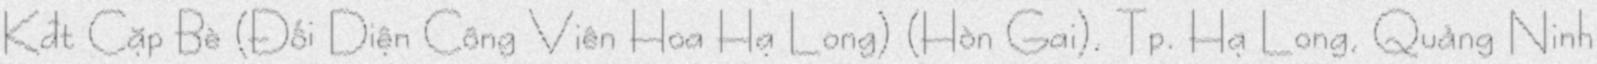
Kđt Cặp Bè (Đối Diện Công Viên Hoa Hạ Long) (Hòn Gai), Tp. Hạ Long, Quảng Ninh